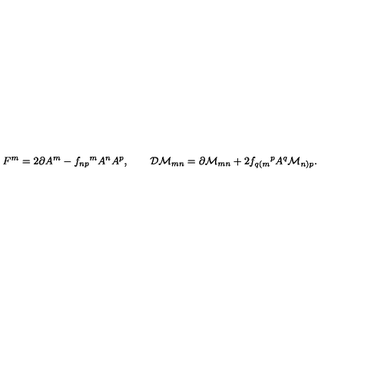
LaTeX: F ^ { m } = 2 \partial A ^ { m } - f _ { n p } { } ^ { m } A ^ { n } A ^ { p } , \qquad { \cal D } { \cal M } _ { m n } = \partial { \cal M } _ { m n } + 2 f _ { q ( m } { } ^ { p } A ^ { q } { \cal M } _ { n ) p } .